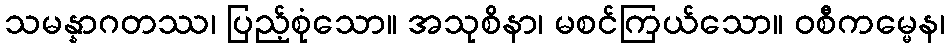
သမန္နာဂတဿ၊ ပြည့်စုံသော။ အသုစိနာ၊ မစင်ကြယ်သော။ ဝစီကမ္မေန၊